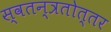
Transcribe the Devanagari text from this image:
स्वतन्त्रतोत्तर